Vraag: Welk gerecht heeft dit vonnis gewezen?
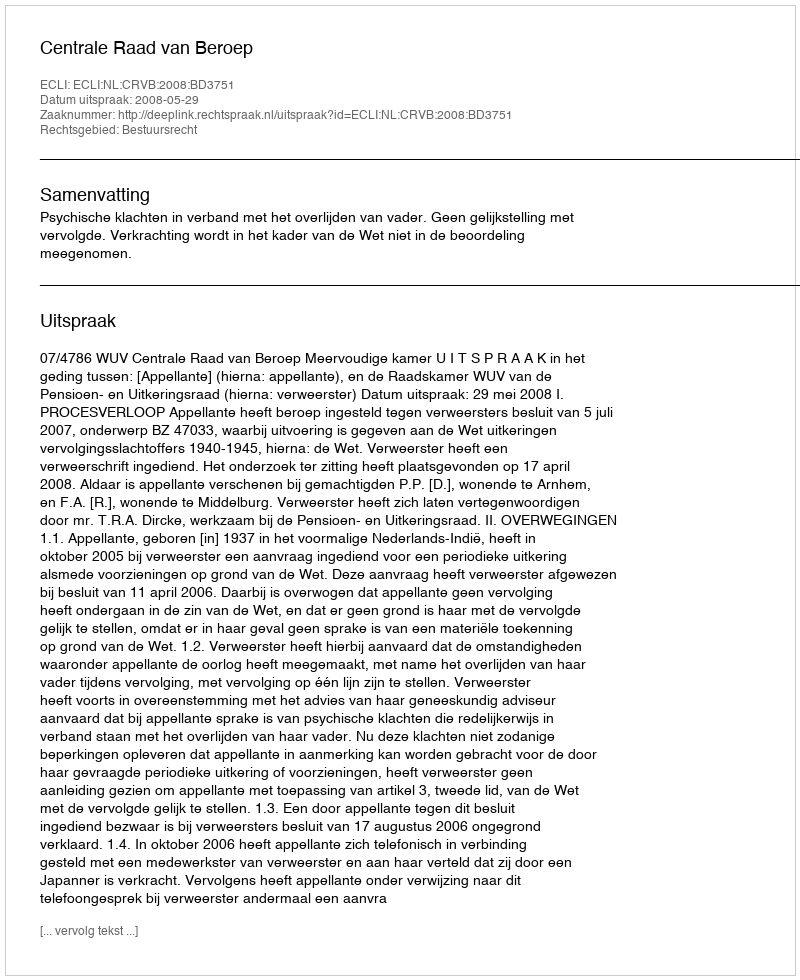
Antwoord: Centrale Raad van Beroep